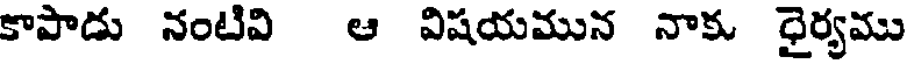
కాపాడు నంటివి ఆ విషయమున నాకు ధైర్యము